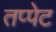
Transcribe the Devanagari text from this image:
तप्पेट